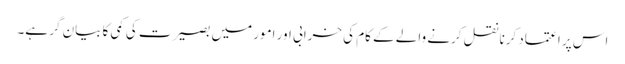
اس پر اعتماد کرنا نقل کرنے والے کے کام کی خرابی اور امور میں بصیرت کی کمی کا بیان گر ہے۔